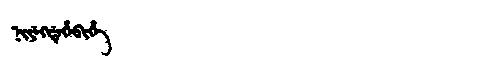
Manchu: ᠨᡳᠶᡝᡴᡩᡝᡥᡝᠪᡳᡥᡝ
Romanization: NIYEKDEHEBIHE